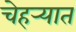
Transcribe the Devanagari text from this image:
चेहर्‍यात